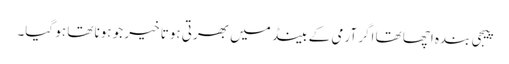
پیجی بندہ اچھا تھا اگر آرمی کے بینڈ میں بھرتی ہوتا خیر جو ہونا تھا ہو گیا۔